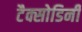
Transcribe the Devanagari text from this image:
टैक्सोडिनी